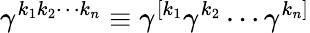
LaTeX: \gamma^{k_{1}k_{2}\cdots k_{n}}\equiv\gamma^{[k_{1}}\gamma^{k_{2}}\cdots\gamma^{k_{n}]}